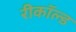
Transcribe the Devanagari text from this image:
रीकॉल्ड